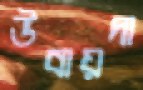
উবায়দা